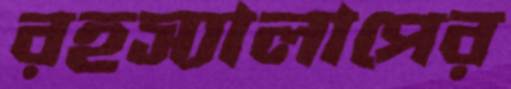
রহস্যালাপের